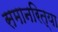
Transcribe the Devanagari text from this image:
समानरित्या